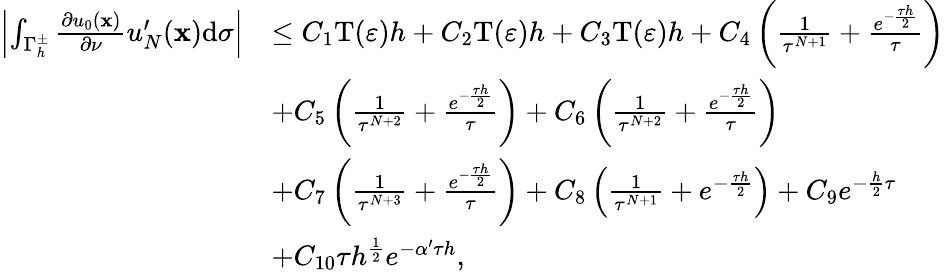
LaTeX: \begin{array}{rl}{\left\vert\int_{{\Gamma_{h}^{\pm}}}{\frac{\partial{u_{0}}(\mathbf x)}{\partial\nu}}u_{N}^{\prime}(\mathbf x)\mathrm d\sigma\right\vert}&{\le{C_{1}}\mathrm{T}(\varepsilon)h+{C_{2}}\mathrm{T}(\varepsilon)h+{C_{3}}\mathrm T(\varepsilon)h+{C_{4}}\left({\frac{1}{{\tau^{N+1}}}}+{\frac{{e^{-{\frac{\tau h}{2}}}}}{\tau}}\right)}\\ &{+{C_{5}}\left({\frac{1}{{\tau^{N+2}}}}+{\frac{{e^{-{\frac{\tau h}{2}}}}}{\tau}}\right)+{C_{6}}\left({\frac{1}{{\tau^{N+2}}}}+{\frac{{e^{-{\frac{\tau h}{2}}}}}{\tau}}\right)}\\ &{+{C_{7}}\left({\frac{1}{{\tau^{N+3}}}}+{\frac{{e^{-{\frac{\tau h}{2}}}}}{\tau}}\right)+{C_{8}}\left({\frac{1}{{\tau^{N+1}}}}+{{{e^{-{\frac{\tau h}{2}}}}}}\right)+{C_{9}}{e^{-{\frac{h}{2}}\tau}}}\\ &{+{C_{10}}\tau{h^{{\frac{1}{2}}}}{e^{-\alpha^{\prime}\tau h}},}\end{array}